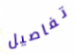
تفاصيل